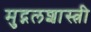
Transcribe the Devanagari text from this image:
मुद्गलशास्त्री